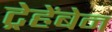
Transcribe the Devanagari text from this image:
ट्रेहेंबेन